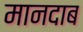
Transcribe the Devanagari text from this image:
मानदाब